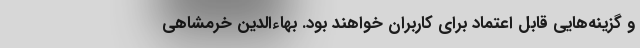
و گزینه‌هایی قابل اعتماد برای کاربران خواهند بود. بهاءالدین خرمشاهی